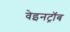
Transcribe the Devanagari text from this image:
वेइनट्रॉब